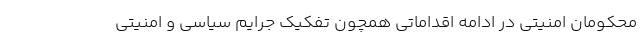
محکومان امنیتی در ادامه اقداماتی همچون تفکیک جرایم سیاسی و امنیتی